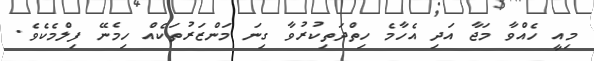
މިއީ ހެއްވާ މަޖާ އަދި އެހާމެ ހިތްދަތިކުރުވާ ގިނަ މަންޒަރުތަކެއް ހިމެނޭ ފިލްމެކެވެ.